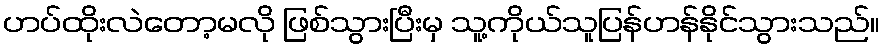
ဟပ်ထိုးလဲတော့မလို ဖြစ်သွားပြီးမှ သူ့ကိုယ်သူပြန်ဟန်နိုင်သွားသည်။